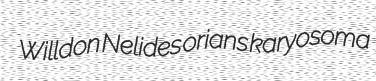
Willdon Nelides orians karyosoma